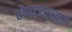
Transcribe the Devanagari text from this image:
रोपट्याच्या